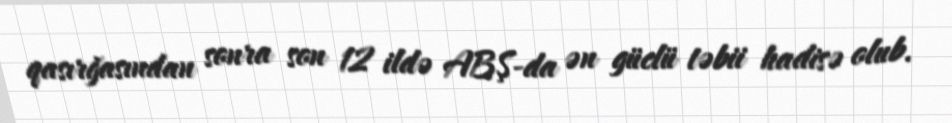
qasırğasından sonra son 12 ildə ABŞ-da ən güclü təbii hadisə olub.